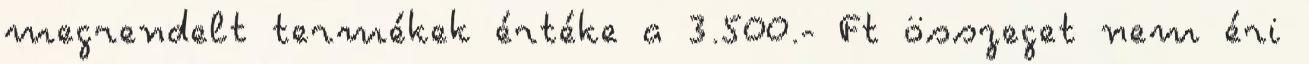
megrendelt termékek értéke a 3.500.- Ft összeget nem éri